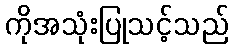
ကိုအသုံးပြုသင့်သည်